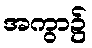
အကွာ၌